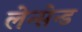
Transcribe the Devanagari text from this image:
लेन्सेन्ड